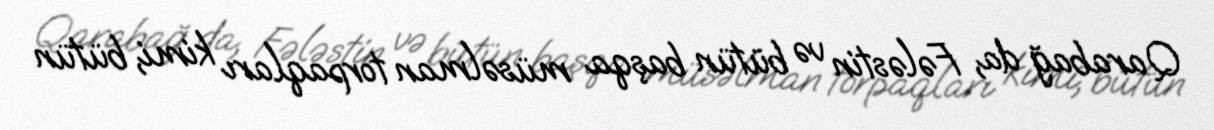
Qarabağ da, Fələstin və bütün başqa müsəlman torpaqları kimi, bütün